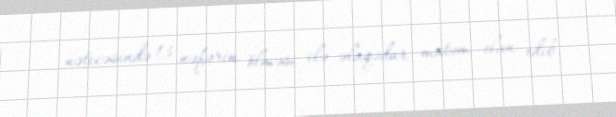
nəticəsində 13 nəfərin ölməsi ilə əlaqədar matəm elan edib.